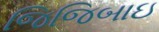
જિજિબાઇ